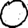
Digit: 0